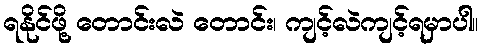
ရနိုင်ဖို့ တောင်းလဲ တောင်း၊ ကျင့်လဲကျင့်ရမှာပါ။